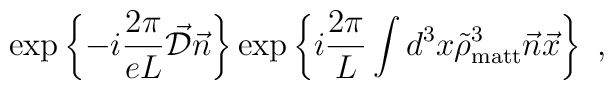
\hspace{5.0cm}\exp \left\{ -i \frac{2\pi}{eL} \vec{\cal D} \vec{n} \right\}\exp \left\{ i \frac{2\pi}{L} \int d^3 x \tilde{\rho}^3_{\rm matt}\vec{n}\vec{x} \right\}  \ ,